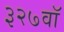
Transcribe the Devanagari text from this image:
३२७वॉ